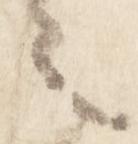
之